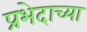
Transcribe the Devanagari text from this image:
प्रभेदाच्या